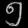
Digit: ၅